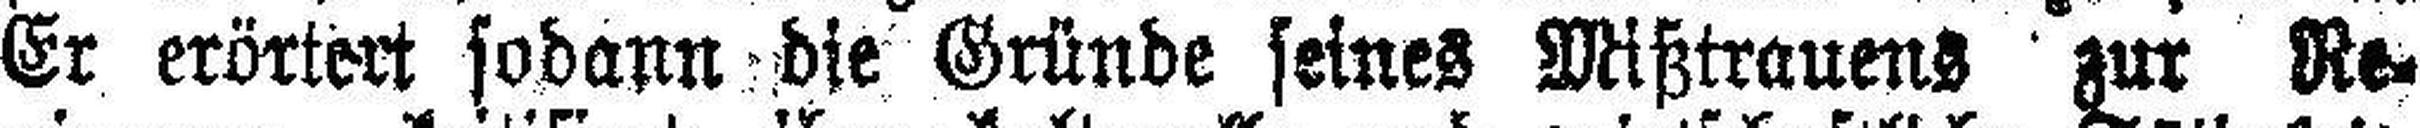
Er erörtert sodann die Gründe seines Mißtrauens zur Re¬